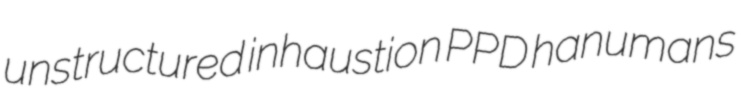
unstructured inhaustion PPD hanumans